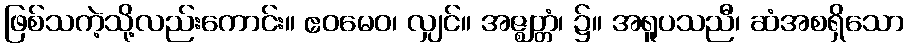
ဖြစ်သကဲ့သို့လည်းကောင်း။ ဧဝမေဝ၊ လျှင်။ အဇ္ဈတ္တံ၊ ၌။ အရူပသညီ၊ ဆံအစရှိသော